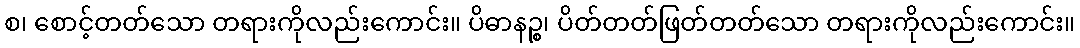
စ၊ စောင့်တတ်သော တရားကိုလည်းကောင်း။ ပိဓာနဉ္စ၊ ပိတ်တတ်ဖြတ်တတ်သော တရားကိုလည်းကောင်း။